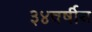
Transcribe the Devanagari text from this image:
३४वर्षीय